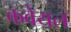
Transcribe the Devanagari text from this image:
कवेयल